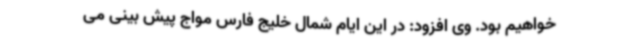
خواهیم بود. وی افزود: در این ایام شمال خلیج فارس مواج پیش بینی می